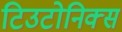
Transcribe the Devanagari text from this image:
टिउटोनिक्स